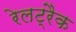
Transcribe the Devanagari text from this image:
रेलट्रैक